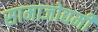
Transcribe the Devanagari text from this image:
सामाजोद्यमी